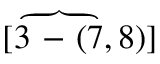
[ \overbrace { 3 \mathrm { ~ - ~ } ( 7 } , 8 ) ]